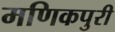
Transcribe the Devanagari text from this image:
मणिकपुरी